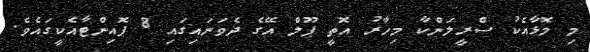
މި މޮޅާއެކު ސްރީލަންކާ މިހާރު އޮތީ ޕޫލް އޭގެ ދެވަނައިގައި 8 ޕޮއިންޓާއެކީގައެވެ.